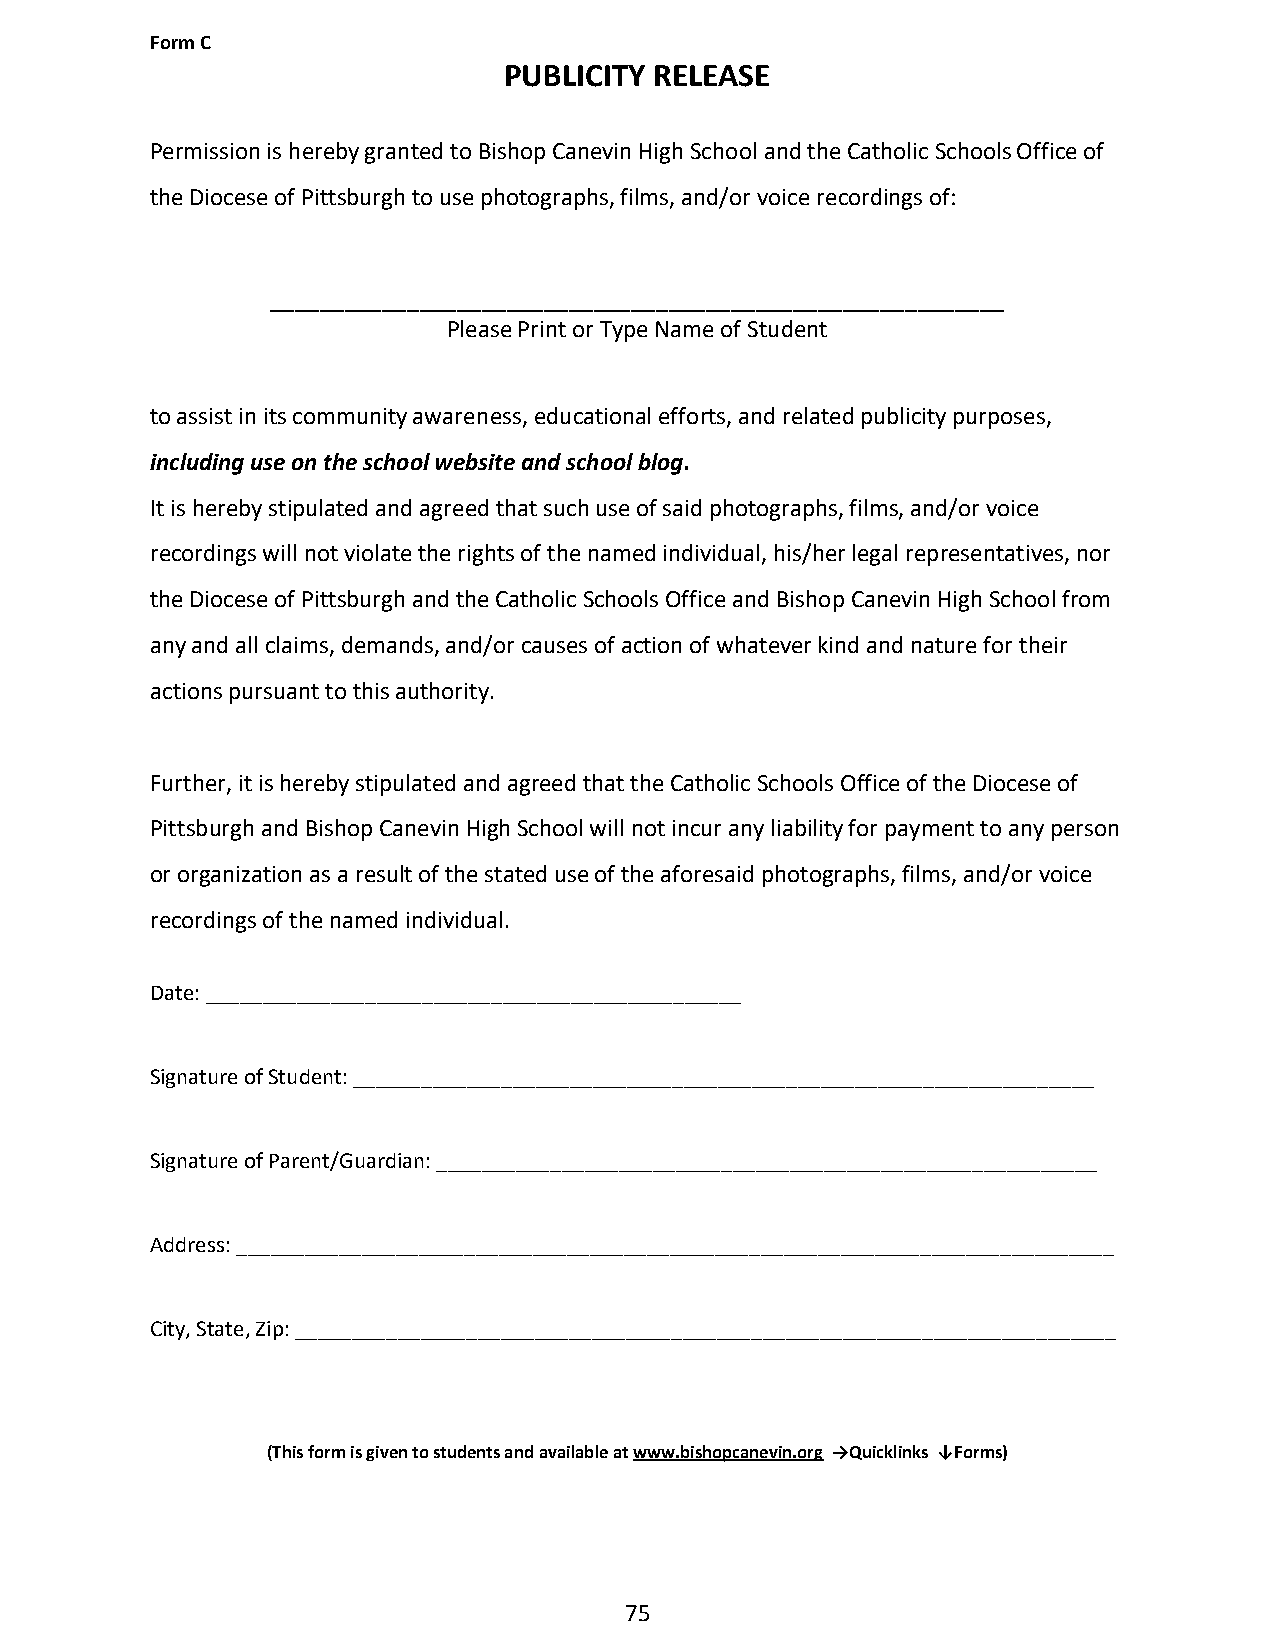
Form C
 PUBLICITY RELEASE
 Permission is hereby granted to Bishop Canevin High School and the Catholic Schools Office of
 the Diocese of Pittsburgh to use photographs, films, and/or voice recordings of:
 ___________________________________________________________
 Please Print or Type Name of Student
 to assist in its community awareness, educational efforts, and related publicity purposes,
 including use on the school website and school blog.
 It is hereby stipulated and agreed that such use of said photographs, films, and/or voice
 recordings will not violate the rights of the named individual, his/her legal representatives, nor
 the Diocese of Pittsburgh and the Catholic Schools Office and Bishop Canevin High School from
 any and all claims, demands, and/or causes of action of whatever kind and nature for their
 actions pursuant to this authority.
 Further, it is hereby stipulated and agreed that the Catholic Schools Office of the Diocese of
 Pittsburgh and Bishop Canevin High School will not incur any liability for payment to any person
 or organization as a result of the stated use of the aforesaid photographs, films, and/or voice
 recordings of the named individual.
 Date: _______________________________________________
 Signature of Student: _________________________________________________________________
 Signature of Parent/Guardian: __________________________________________________________
 Address: _____________________________________________________________________________
 City, State, Zip: ________________________________________________________________________
 (This form is given to students and available at www.bishopcanevin.org →Quicklinks ↓Forms)
 75